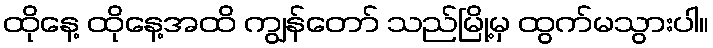
ထိုနေ့ ထိုနေ့အထိ ကျွန်တော် သည်မြို့မှ ထွက်မသွားပါ။